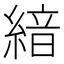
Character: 𦂺